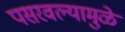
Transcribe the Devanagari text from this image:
पसरवल्यामुळे